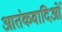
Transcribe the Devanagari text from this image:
आतंकवादिओं